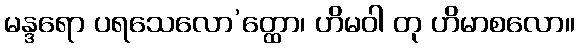
မန္ဒရော ပရသေလော’တ္ထော၊ ဟိမဝါ တု ဟိမာစလော။